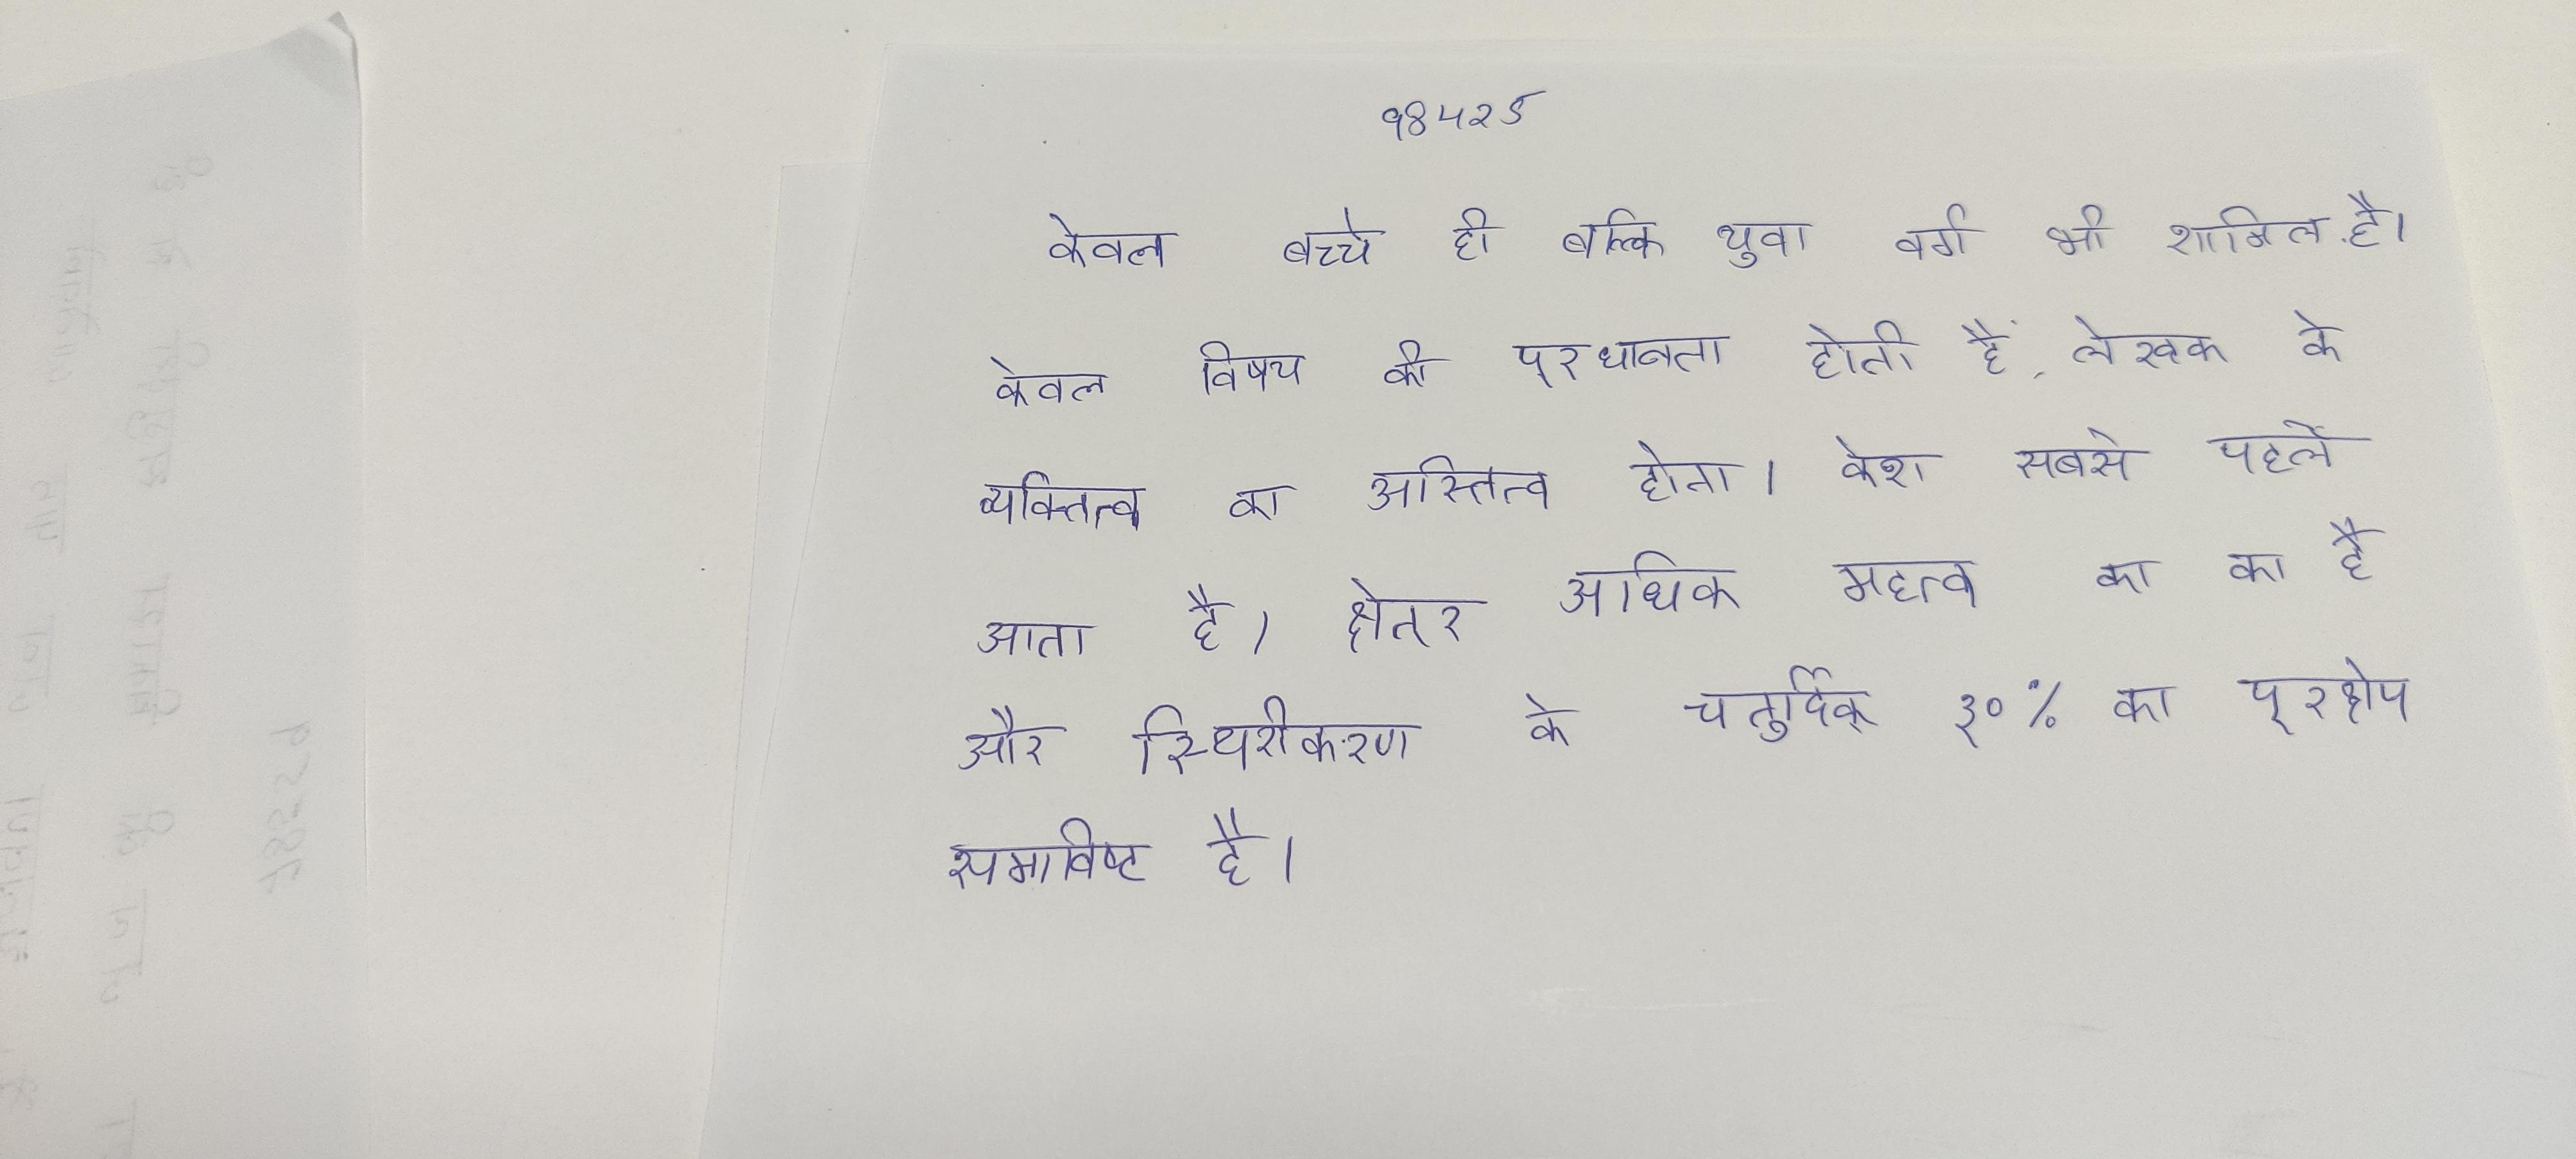
केवल बच्चे ही बल्कि युवा वर्ग भी शामिल है । केवल विषय की प्रधानता होती है, लेखक के व्यक्तित्व का अस्तित्व होता । केश सबसे पहले आता है । क्षेत्र अधिक महत्व का का है और स्थिरीकरण के चतुर्दिक् ३०% का प्रक्षेप समाविष्ट है ।